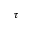
\tau